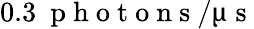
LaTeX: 0.3~\mathrm{~p~h~o~t~o~n~s~}/\upmu\mathrm{~s~}